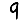
Digit: 9